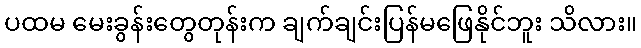
ပထမ မေးခွန်းတွေတုန်းက ချက်ချင်းပြန်မဖြေနိုင်ဘူး သိလား။